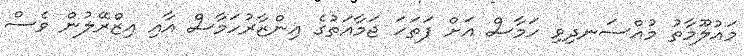
މައުލޫމާތު މުއްސަނދިވި ހަމާސް އަށް ފަތަހަ ޖަމާއަތުގެ އިންޒާރުހަމާސް އާއި އިޒްރޭލުން ވެސް